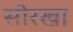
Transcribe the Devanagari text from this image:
सोरखा